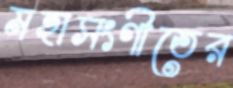
মহাসংগীতের